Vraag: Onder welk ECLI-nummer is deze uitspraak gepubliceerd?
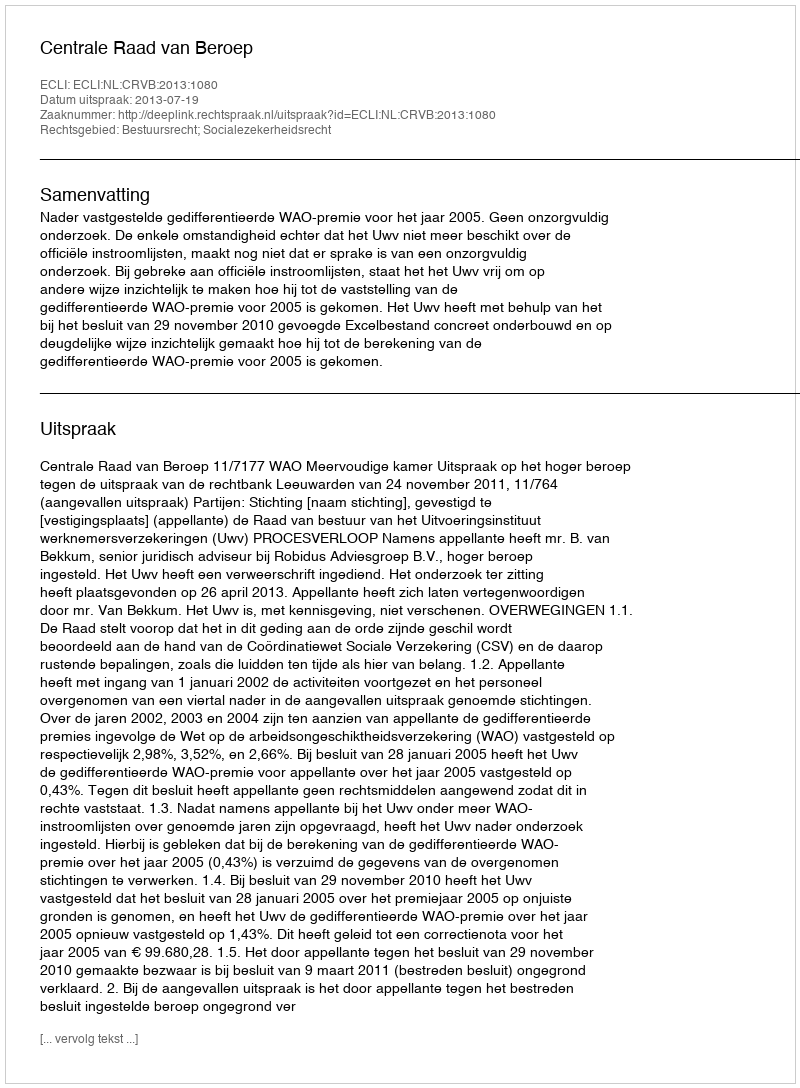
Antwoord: ECLI:NL:CRVB:2013:1080